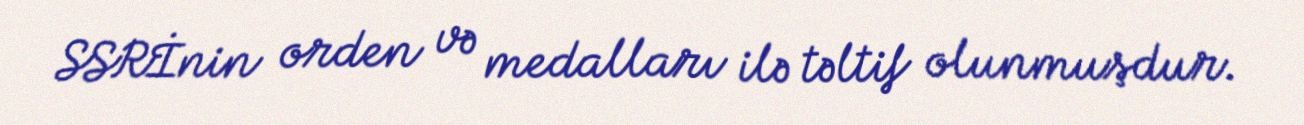
SSRİnin orden və medalları ilə təltif olunmuşdur.